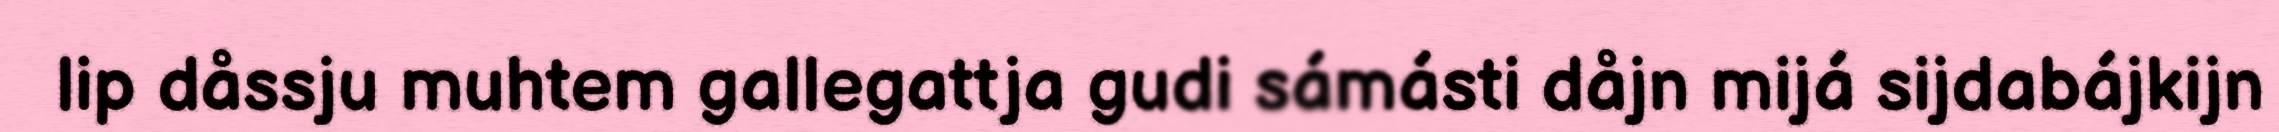
lip dåssju muhtem gallegattja gudi sámásti dåjn mijá sijdabájkijn